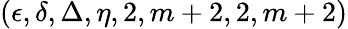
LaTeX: (\epsilon,\delta,\Delta,\eta,2,m+2,2,m+2)